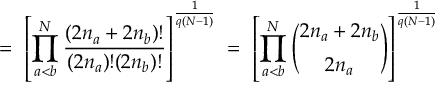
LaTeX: = \; \left[ \prod _ { a < b } ^ { N } \frac { ( 2 n _ { a } + 2 n _ { b } ) ! } { ( 2 n _ { a } ) ! ( 2 n _ { b } ) ! } \right] ^ { \frac { 1 } { q ( N - 1 ) } } \; = \; \left[ \prod _ { a < b } ^ { N } { \binom { 2 n _ { a } + 2 n _ { b } } { 2 n _ { a } } } \right] ^ { \frac { 1 } { q ( N - 1 ) } }